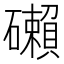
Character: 𥗓